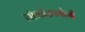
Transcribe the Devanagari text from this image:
लोकोउपयोगी